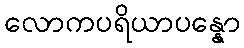
လောကပရိယာပန္နော